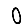
Digit: 0